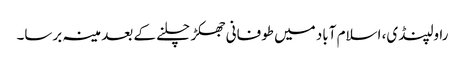
راولپنڈی، اسلام آباد میں طوفانی جھکڑ چلنے کے بعد مینہ برسا۔